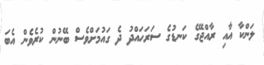
ލަންކާ އާއި ރާއްޖޭގެ ކަނޑުގެ ސަރަހައްދު ދެ ގައުމަށްވެސް ބޭނުން ކުރެވެން އެބަ